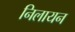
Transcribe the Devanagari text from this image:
निलायन